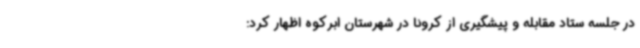
در جلسه ستاد مقابله و پیشگیری از کرونا در شهرستان ابرکوه اظهار کرد: